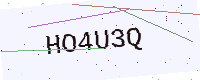
Text: HO4U3Q